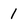
Character: 1